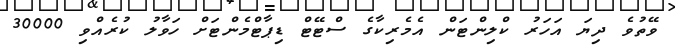
ވޭތުވެ ދިޔަ އަހަރު ކްލިންޓަން އެމެރިކާގެ ސްޓޭޓް ޑިޕާޓްމެންޓަށް ހަވާލު ކުރެއްވި 30000